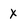
Character: X